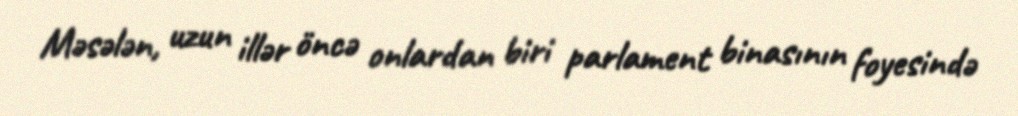
Məsələn, uzun illər öncə onlardan biri parlament binasının foyesində